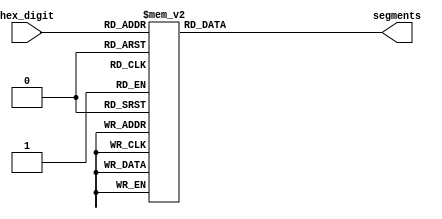
module hex_decoder(hex_digit, segments);
    input [3:0] hex_digit;
    output reg [6:0] segments;

    always @(*)
        case (hex_digit)
            4'h0: segments = 7'b100_0000;
            4'h1: segments = 7'b111_1001;
            4'h2: segments = 7'b010_0100;
            4'h3: segments = 7'b011_0000;
            4'h4: segments = 7'b001_1001;
            4'h5: segments = 7'b001_0010;
            4'h6: segments = 7'b000_0010;
            4'h7: segments = 7'b111_1000;
            4'h8: segments = 7'b000_0000;
            4'h9: segments = 7'b001_1000;
            4'hA: segments = 7'b000_1000;
            4'hB: segments = 7'b000_0011;
            4'hC: segments = 7'b100_0110;
            4'hD: segments = 7'b010_0001;
            4'hE: segments = 7'b000_0110;
            4'hF: segments = 7'b000_1110;
            default: segments = 7'h7f;
        endcase
endmodule